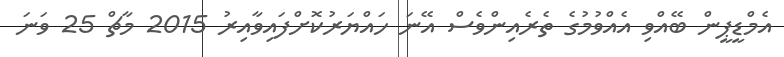
އެމްޑީޕީން ބޭއްވި އެއްވުމުގެ ތެރެއިންވެސް އޭނަ ހައްޔަރުކޮށްފައިވާއިރު 2015 މާޗް 25 ވަނަ